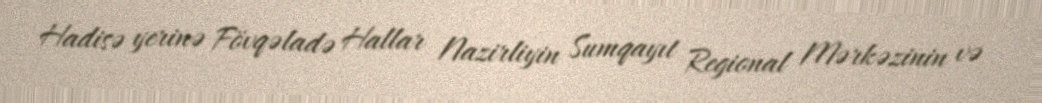
Hadisə yerinə Fövqəladə Hallar Nazirliyin Sumqayıt Regional Mərkəzinin və